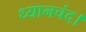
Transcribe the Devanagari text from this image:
ध्यानचंद।